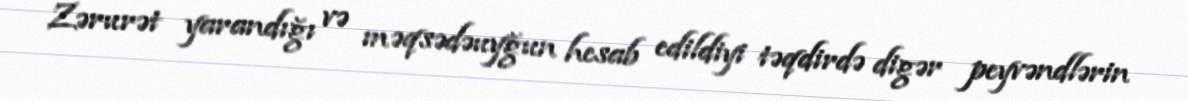
Zərurət yarandığı və məqsədəuyğun hesab edildiyi təqdirdə digər peyvəndlərin